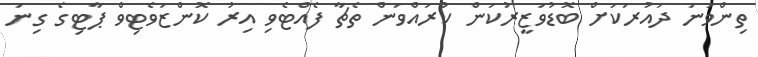
ތިންވަނަ ދައުރަކަށް ބޮޑުވަޒީރުކަން ކުރައްވަން ތެޗާ ފެއްޓެވި އިރު ކޮންޒަވެޓިވް ޕާޓިގެ ގިނަ